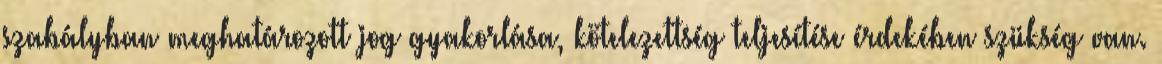
szabályban meghatározott jog gyakorlása, kötelezettség teljesítése érdekében szükség van.